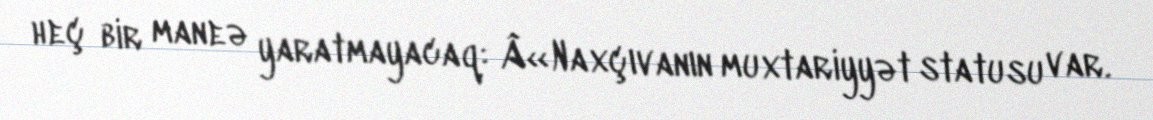
heç bir maneə yaratmayacaq: Â«Naxçıvanın muxtariyyət statusu var.